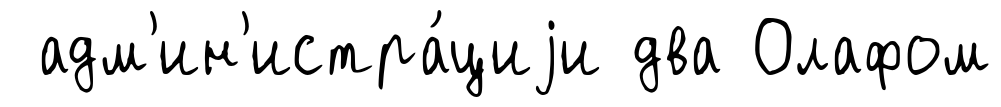
адм'ин'истра́циjи два Олафом